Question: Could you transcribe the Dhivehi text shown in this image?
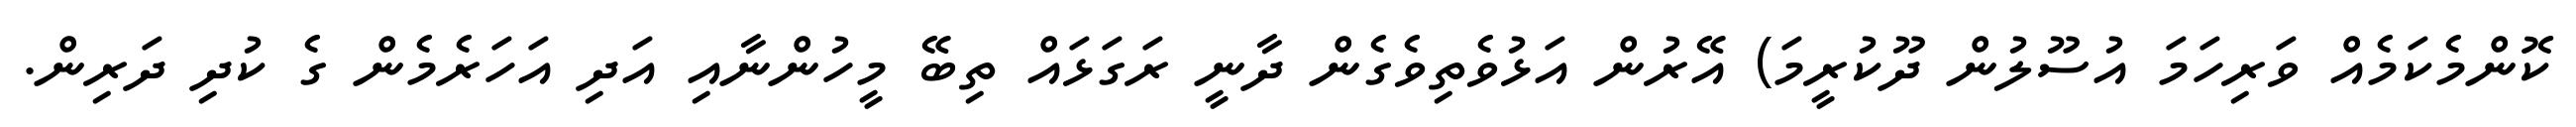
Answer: ކޮންމެކަމެއް ވަރިހަމަ އުސޫލުން ދޫކުރީމަ) އޭރުން އަޅުވެތިވެގެން ދާނީ ރަގަޅައް ތިބޭ މީހުންނާއި އަދި އަހަރެމެން ގެ ކުދި ދަރިން.